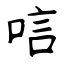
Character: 唁